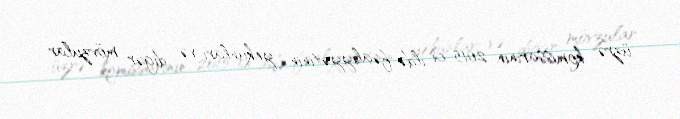
üzrə komissarının 2015-ci ildə fəaliyyətinin yekunları və digər mövzular